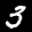
Label: 3